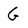
Character: G